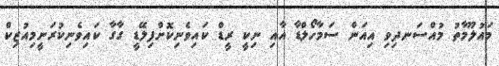
މައުލޫމާތު މުއްސަނދިވި އިއަން ސަމާހޯލްޑާ އާއި ނިކީ ރީޑް ކައިވެނިކޮށްފިލޭޑީ ގާގާ ކައިވެނިކުރަނީމިއުޒިކް